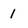
Character: 1